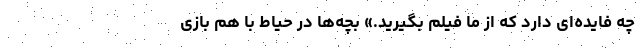
چه فایده‌ای دارد که از ما فیلم بگیرید.» بچه‌ها در حیاط با هم بازی